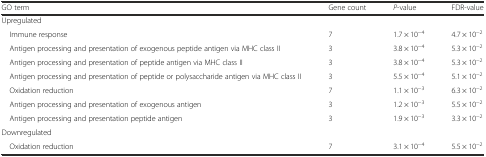
<table><thead><tr><td><b>GO term</b></td><td><b>Gene count</b></td><td><b><i>P</i>-value</b></td><td><b>FDR-value</b></td></tr></thead><tbody><tr><td colspan="4">Upregulated</td></tr><tr><td> Immune response</td><td>7</td><td>1.7 × 10<sup>−4</sup></td><td>4.7 × 10<sup>−2</sup></td></tr><tr><td> Antigen processing and presentation of exogenous peptide antigen via MHC class II</td><td>3</td><td>3.8 × 10<sup>−4</sup></td><td>5.3 × 10<sup>−2</sup></td></tr><tr><td> Antigen processing and presentation of peptide antigen via MHC class II</td><td>3</td><td>3.8 × 10<sup>−4</sup></td><td>5.3 × 10<sup>−2</sup></td></tr><tr><td> Antigen processing and presentation of peptide or polysaccharide antigen via MHC class II</td><td>3</td><td>5.5 × 10<sup>−4</sup></td><td>5.1 × 10<sup>−2</sup></td></tr><tr><td> Oxidation reduction</td><td>7</td><td>1.1 × 10<sup>−3</sup></td><td>6.3 × 10<sup>−2</sup></td></tr><tr><td> Antigen processing and presentation of exogenous antigen</td><td>3</td><td>1.2 × 10<sup>−3</sup></td><td>5.5 × 10<sup>−2</sup></td></tr><tr><td> Antigen processing and presentation peptide antigen</td><td>3</td><td>1.9 × 10<sup>−3</sup></td><td>3.3 × 10<sup>−2</sup></td></tr><tr><td colspan="4">Downregulated</td></tr><tr><td> Oxidation reduction</td><td>7</td><td>3.1 × 10<sup>−4</sup></td><td>5.5 × 10<sup>−2</sup></td></tr></tbody></table>